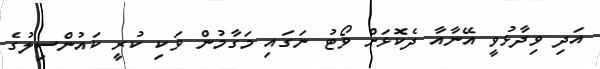
އަދި ވިދާޅުވީ އޭނާއާ ދެކޮޅަށް ވޯޓު ނަގައި މަގާމުން ވަކި ކުރީ ކައުންސިލުގެ